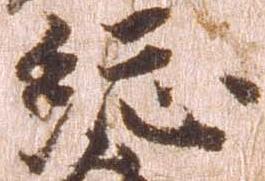
総